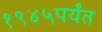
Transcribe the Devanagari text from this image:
१९४५पर्यंत